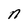
Character: n